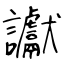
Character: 讞